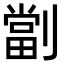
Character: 劏